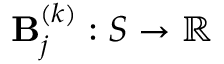
\mathbf { B } _ { j } ^ { ( k ) } : S \rightarrow \mathbb { R }